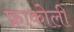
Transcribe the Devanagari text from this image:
फ्रांकोली